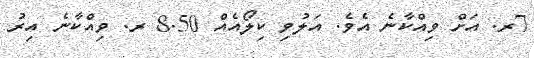
7ރ. އަށް ވިއްކާނެ އެވެ. އަލުވި ކިލޯއެއް 8.50 ރ. ވިއްކާނެ އިރު